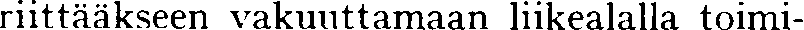
riittääkseen vakuuttamaan liikealalla toimi-